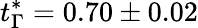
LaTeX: t_{\Gamma}^{*}=0.70\pm 0.02